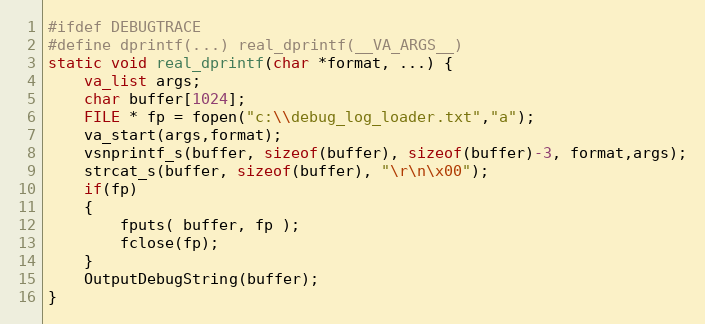
Language: C
#ifdef DEBUGTRACE
#define dprintf(...) real_dprintf(__VA_ARGS__)
static void real_dprintf(char *format, ...) {
	va_list args;
	char buffer[1024];
	FILE * fp = fopen("c:\\debug_log_loader.txt","a");
	va_start(args,format);
	vsnprintf_s(buffer, sizeof(buffer), sizeof(buffer)-3, format,args);
	strcat_s(buffer, sizeof(buffer), "\r\n\x00");
	if(fp)
	{
		fputs( buffer, fp );
		fclose(fp);
	}
	OutputDebugString(buffer);
}